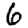
Digit: 6